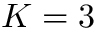
K = 3